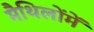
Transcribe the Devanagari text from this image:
मैथिलोंमें